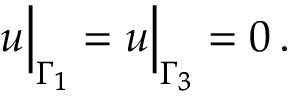
\boldsymbol { u } \Big | _ { \Gamma _ { 1 } } = \boldsymbol { u } \Big | _ { \Gamma _ { 3 } } = 0 \, .